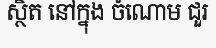
ស្ថិត នៅក្នុង ចំណោម ជួរ